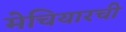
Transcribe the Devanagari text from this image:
मेचियारची